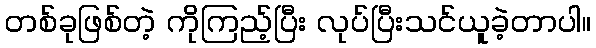
တစ်ခုဖြစ်တဲ့ ကိုကြည့်ပြီး လုပ်ပြီးသင်ယူခဲ့တာပါ။